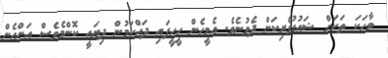
ވާހަކަ ތަކަށް ޝައުގުވެރިކަން ދެވުނެވެ. އެމީހެން ހީހީފައި ދައްކަމުން ދިޔައީ ކޮންމެވެސް އަންހެން